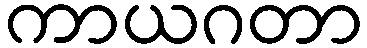
ကာယဂတာ